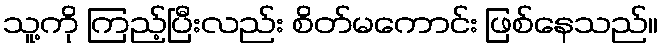
သူ့ကို ကြည့်ပြီးလည်း စိတ်မကောင်း ဖြစ်နေသည်။